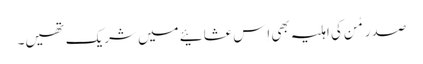
صدر مُن کی اہلیہ بھی اِس عشائیے میں شریک تھیں۔